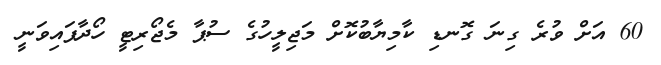
60 އަށް ވުރެ ގިނަ ގޮނޑި ކާމިޔާބުކޮށް މަޖިލީހުގެ ސުޕާ މެޖޯރިޓީ ހޯދާފައިވަނީ